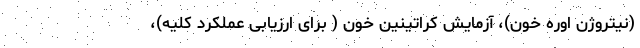
(نیتروژن اوره خون)، آزمایش کراتینین خون ( برای ارزیابی عملکرد کلیه)،